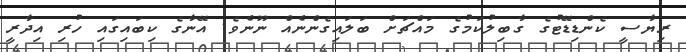
ރިޔާސީ ކެންޑިޑޭޓުގެ ގާބިލުކަމުގެ މައްޗަށް ބަލައިގެންނެއް ނޫނެވެ. އޭނާގެ ކިބައިގައި ހުރި އިދާރީ